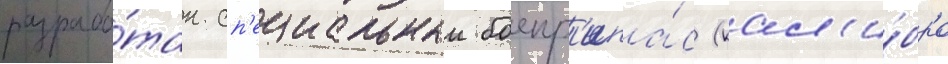
разрабо́тан сп'ециальныи боепр'ипа́с (кал'и́бра